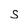
Character: s